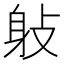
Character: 𨈙